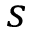
s